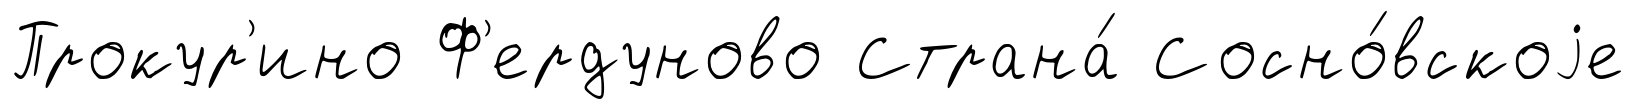
Прокур'ино Ф'ердуново Страна́ Сосно́вскоjе